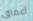
أعماق